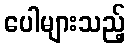
ပေါများသည့်